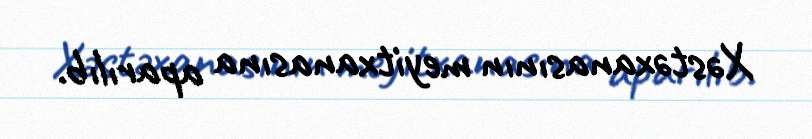
Xəstəxanasının meyitxanasına aparılıb.